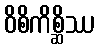
ဝိစိကိစ္ဆိဿ